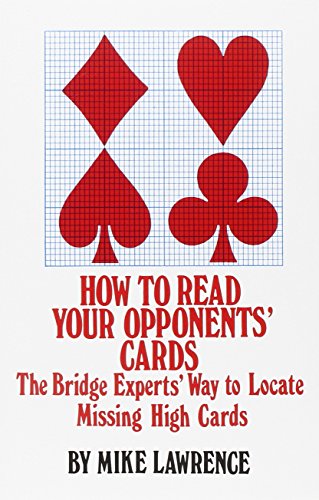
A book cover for How to Read Your Opponent's Cards: The Bridge Experts' Way to Locate Missing High Cards; Mike Lawrence; Humor & Entertainment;